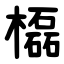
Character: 㰁